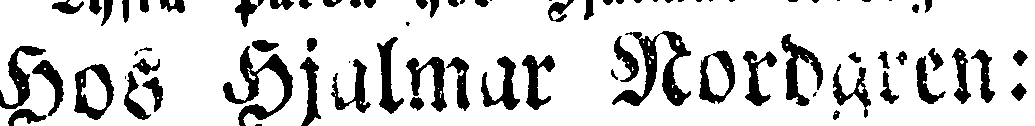
Hos Hjalmar Nordaren :